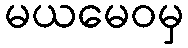
မယမေဝမှ